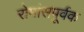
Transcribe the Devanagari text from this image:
रोमांसपूर्वक